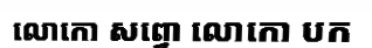
លោកោ សព្វោ លោកោ បក